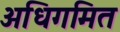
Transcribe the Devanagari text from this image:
अधिगमित